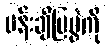
ပန်းချီပြပွဲကို